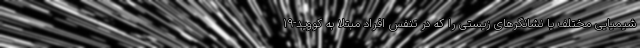
شیمیایی مختلف یا نشانگرهای زیستی را که در تنفس افراد مبتلا به کووید-۱۹